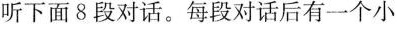
听下面8段对话.每段对话后有一个小